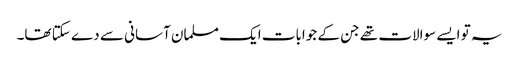
یہ تو ایسے سوالات تھے جن کے جوابات ایک مسلمان آسانی سے دے سکتا تھا۔